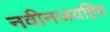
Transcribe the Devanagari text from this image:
नवीनजयहिंद